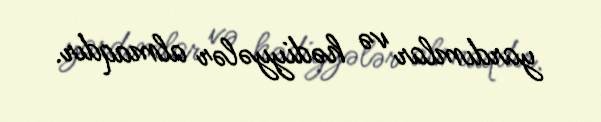
yardımlar və hədiyyələr almaqdır.